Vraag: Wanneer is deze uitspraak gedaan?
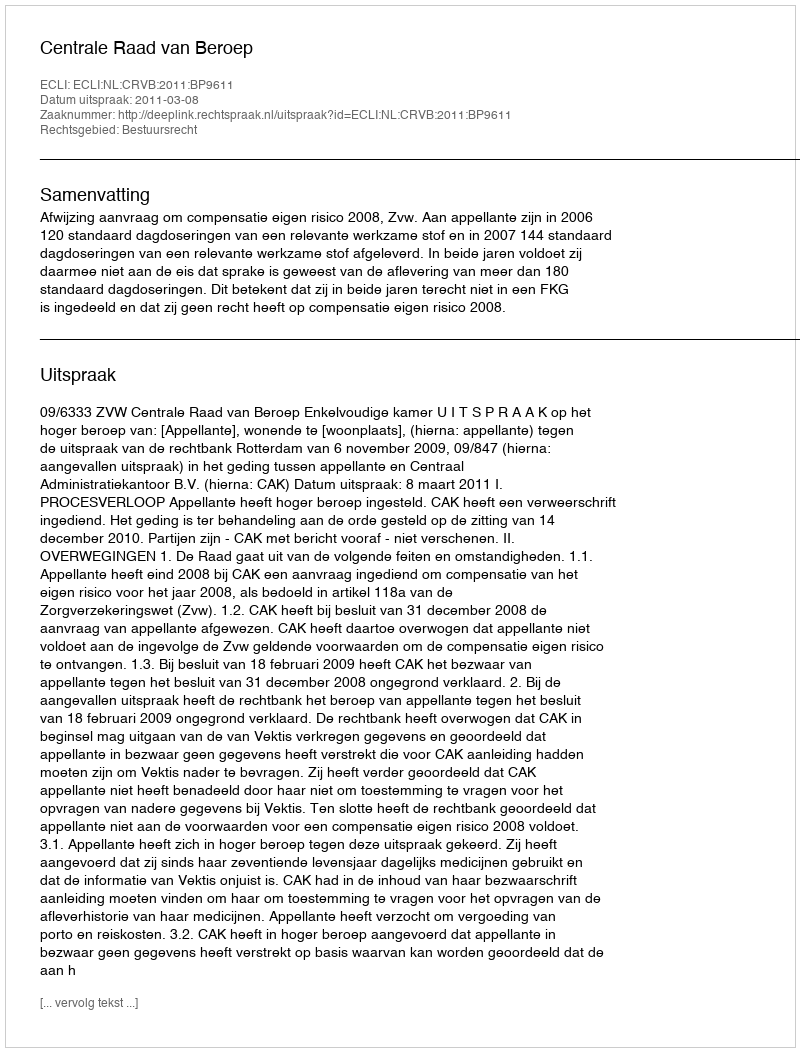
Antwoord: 2011-03-08